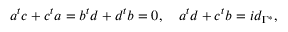
a ^ { t } c + c ^ { t } a = b ^ { t } d + d ^ { t } b = 0 , \quad a ^ { t } d + c ^ { t } b = i d _ { \Gamma ^ { * } } ,